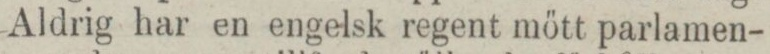
Aldrig har en engelsk regent mött parlamen-